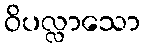
ဝိပလ္လာသော